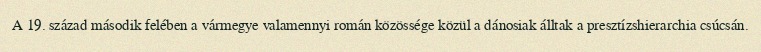
A 19. század második felében a vármegye valamennyi román közössége közül a dánosiak álltak a presztízshierarchia csúcsán.